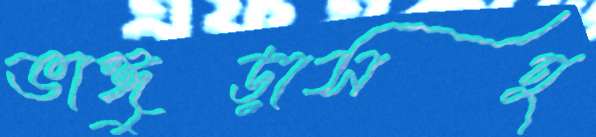
ভাঙ্গুড়াসহ